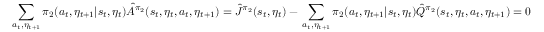
\sum _ { a _ { t } , \eta _ { t + 1 } } \pi _ { 2 } ( a _ { t } , \eta _ { t + 1 } | s _ { t } , \eta _ { t } ) \hat { A } ^ { \pi _ { 2 } } ( s _ { t } , \eta _ { t } , a _ { t } , \eta _ { t + 1 } ) = \hat { J } ^ { \pi _ { 2 } } ( s _ { t } , \eta _ { t } ) - \, \sum _ { a _ { t } , \eta _ { t + 1 } } \pi _ { 2 } ( a _ { t } , \eta _ { t + 1 } | s _ { t } , \eta _ { t } ) \hat { Q } ^ { \pi _ { 2 } } ( s _ { t } , \eta _ { t } , a _ { t } , \eta _ { t + 1 } ) = 0